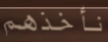
نأخذهم